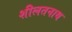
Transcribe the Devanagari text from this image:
शीलतनाथ